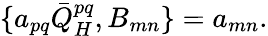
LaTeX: \{ a_{pq}\bar{Q}_{H}^{pq},B_{mn}\} =a_{mn}.